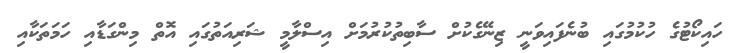
ހައިކޯޓުގެ ހުކުމުގައި ބުނެފައިވަނީ ޒިނޭގެކުށް ސާބިތުކުރުމަށް އިސްލާމީ ޝަރިއަތުގައި އޮތް މިންގަޑާއި ހަމަތަކާއި